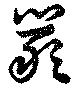
厳